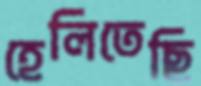
হেলিতেছি